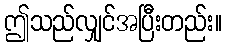
ဤသည်လျှင်အပြီးတည်း။